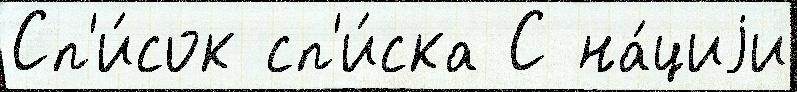
Сп'и́сок сп'и́ска С на́циjи